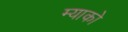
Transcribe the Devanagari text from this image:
म्याको